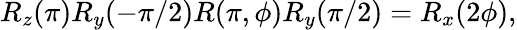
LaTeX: R_{z}(\pi)R_{y}(-\pi/2)R(\pi,\phi)R_{y}(\pi/2)=R_{x}(2\phi),